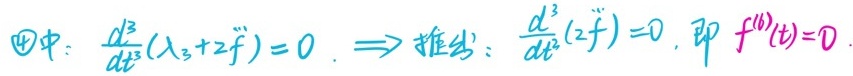
\textcircled{4}中：\(\frac{d^{3}}{dt^{3}}(\lambda_3 + 2\ddot{f}) = 0\)。\(\Longrightarrow\) 推出：\(\frac{d^{3}}{dt^{3}}(2\ddot{f}) = 0\)，即 \(f^{(6)}(t)=0\)。